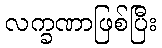
လက္ခဏာဖြစ်ပြီး